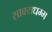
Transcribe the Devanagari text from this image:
सावयधम्म